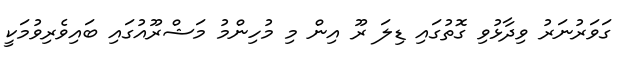
ގަވަރުނަރު ވިދާޅުވި ގޮތުގައި ޑިލަ ރޫ އިން މި މުހިންމު މަޝްރޫއުގައި ބައިވެރިވުމަކީ